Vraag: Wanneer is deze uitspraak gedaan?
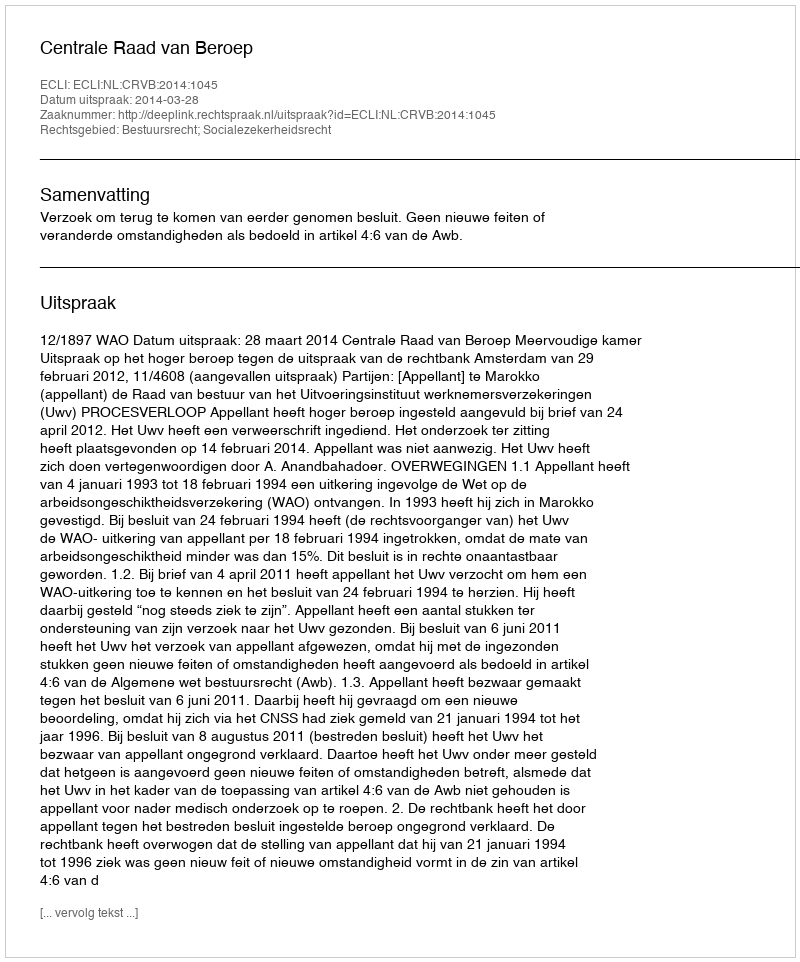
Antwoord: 2014-03-28